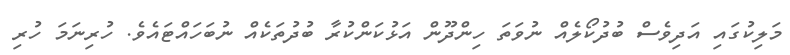
މަލިކުގައި އަދިވެސް ބުދުކޯލެއް ނުވަތަ ހިންދޫން އަޅުކަންކުރާ ބުދުތަކެއް ނުބަހައްޓައެވެ. ހުރިނަމަ ހުރި